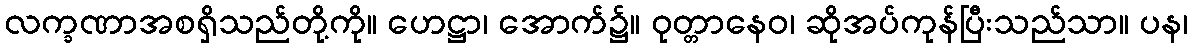
လက္ခဏာအစရှိသည်တို့ကို။ ဟေဋ္ဌာ၊ အောက်၌။ ဝုတ္တာနေဝ၊ ဆိုအပ်ကုန်ပြီးသည်သာ။ ပန၊